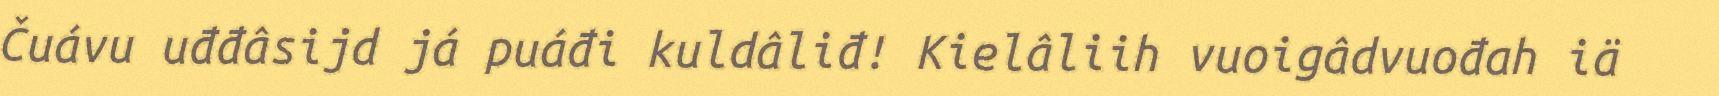
Čuávu uđđâsijd já puáđi kuldâliđ! Kielâliih vuoigâdvuođah iä